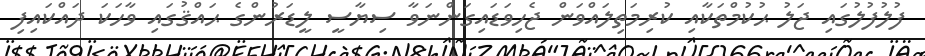
ފުލުފުލުގައި ޖަލު ޙުކުމްތަކާއި ކުރިމަތިލައްވަން ޖެހިވަޑައިގަންނަވާ ސިޔާސީ ލީޑަރުންގެ ޙައްޤުގައި ވާހަކަ ދައްކައިފި